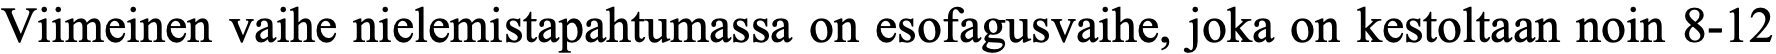
Viimeinen vaihe nielemistapahtumassa on esofagusvaihe, joka on kestoltaan noin 8-12